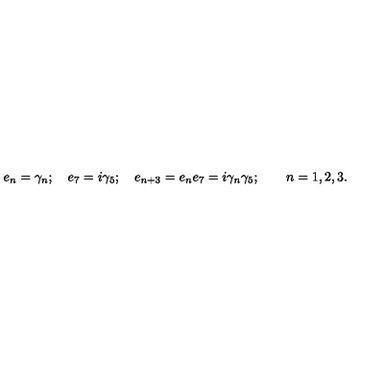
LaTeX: e _ { n } = \gamma _ { n } ; \quad e _ { 7 } = i \gamma _ { 5 } ; \quad e _ { n + 3 } = e _ { n } e _ { 7 } = i \gamma _ { n } \gamma _ { 5 } ; \qquad n = 1 , 2 , 3 .